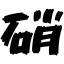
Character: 硝